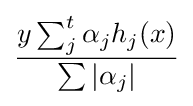
{\frac {y\sum _{j}^{t}\alpha _{j}h_{j}(x)}{\sum |\alpha _{j}|}}